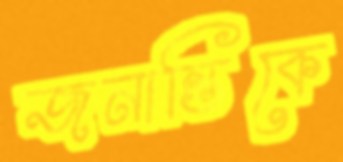
জনান্তিকে